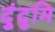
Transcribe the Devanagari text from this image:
दुंदुमि